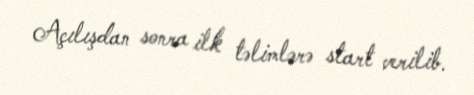
Açılışdan sonra ilk təlimlərə start verilib.